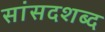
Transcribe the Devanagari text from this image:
सांसदशब्द